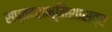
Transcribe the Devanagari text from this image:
सप्तदशभूमिशास्त्र